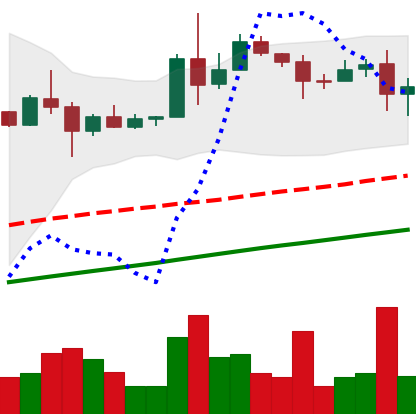
Ticker: XLM-USD
Chart end date: 2020-08-12
Forward return: 11.23%
Label: up_7plus